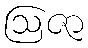
ဩဇာ